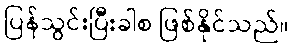
ပြန်သွင်းပြီးခါစ ဖြစ်နိုင်သည်။